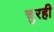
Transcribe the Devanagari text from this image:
चुरही